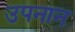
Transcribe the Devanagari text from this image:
उपनान